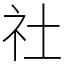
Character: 社